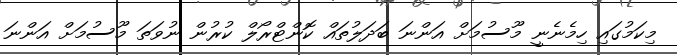
މިކަމުގައި ހިމެނެނީ މޫސުމަށް އަންނަ ބަދަލުތައް ކޮންޓްރޯލް ކުރުން ނުވަތަ މޫސުމަށް އަންނަ